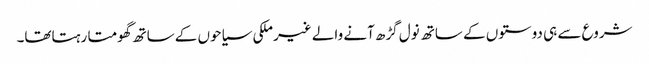
شروع سے ہی دوستوں کے ساتھ نول گڑھ آنے والے غیرملکی سیاحوں کے ساتھ گھومتا رہتاتھا۔